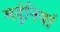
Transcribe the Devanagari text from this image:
मर्दुनियां